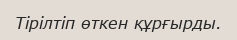
Тірілтіп өткен құрғырды.